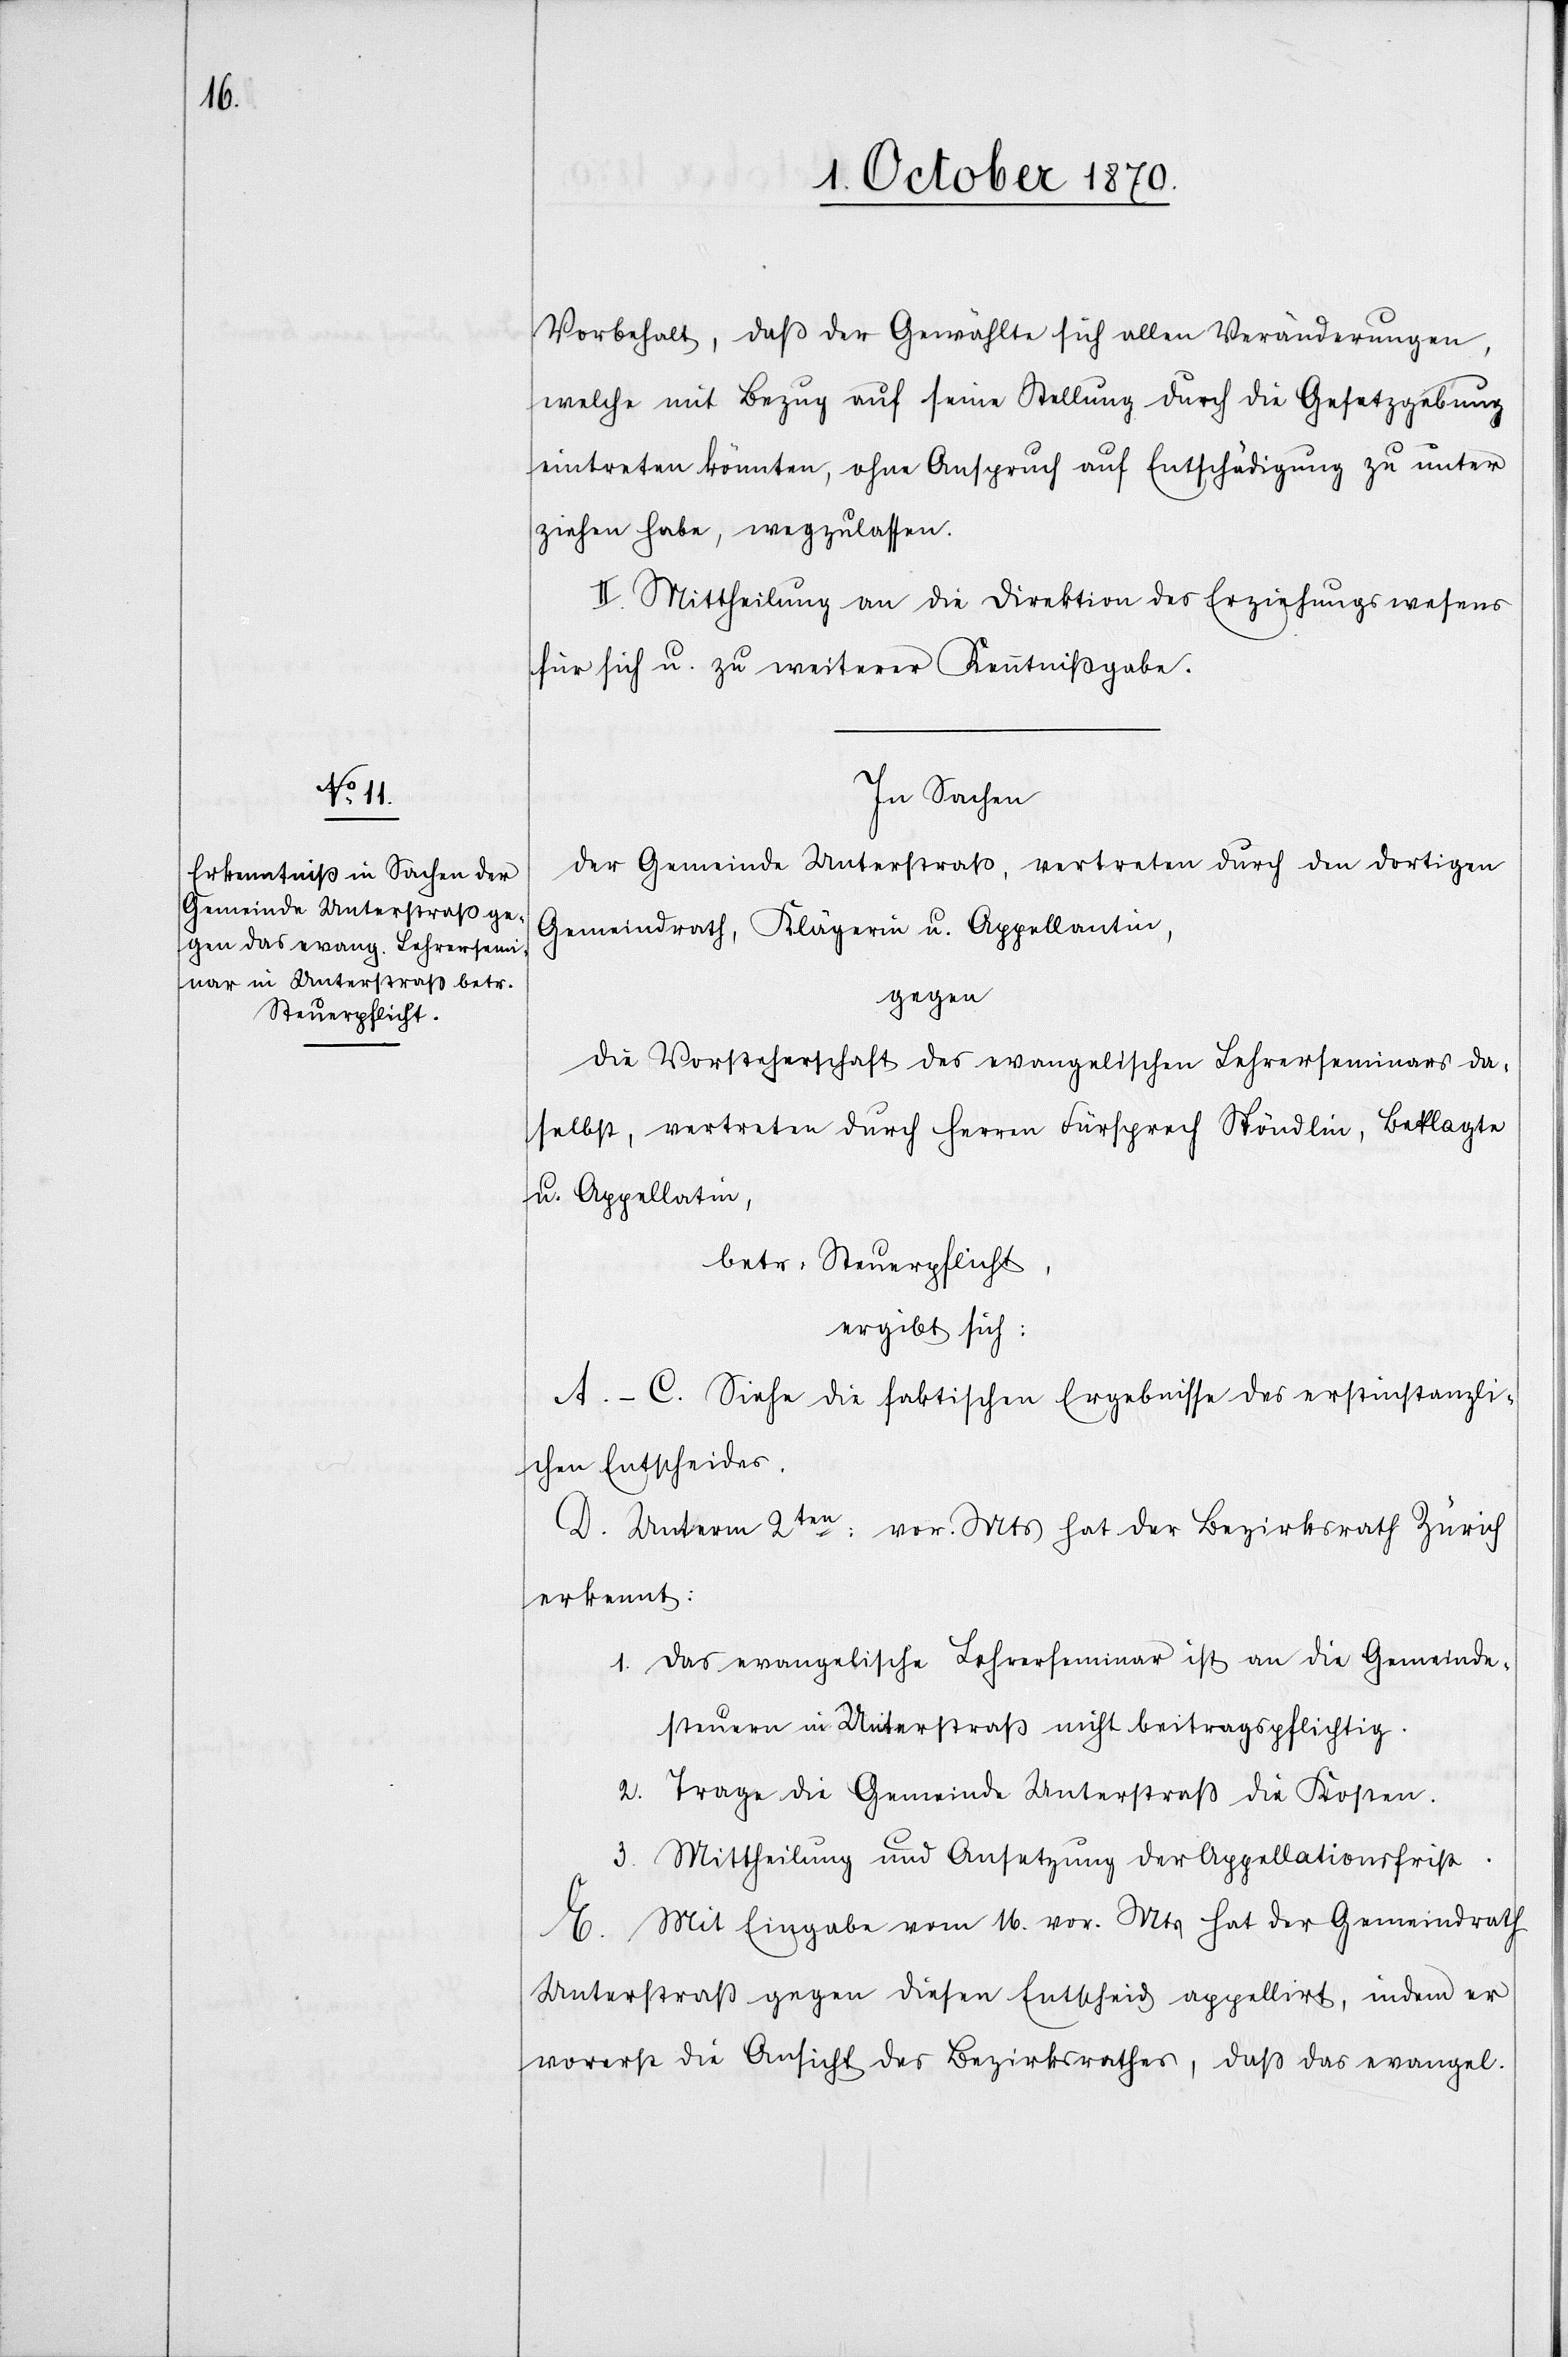
Vorbehalt, daß der Gewählte sich allen Veränderungen,
welche mit Bezug auf seine Stellung durch die Gesetzgebung
eintreten könnten, ohne Anspruch auf Entschädigung zu unter¬
ziehen habe, wegzulassen.
II. Mittheilung an die Direktion des Erziehungswesens
für sich u. zu weiterer Kenntnißgabe.
In Sachen
der Gemeinde Unterstraß, vertreten durch den dortigen
Gemeindrath, Klägerin u. Appellantin,
gegen
die Vorsteherschaft des evangelischen Lehrerseminars da¬
selbst, vertreten durch Herren Fürsprech Spöndlin, Beklagte
u. Appella[n]tin,
betr. Steuerpflicht,
ergibt sich:
A.–C. Siehe die faktischen Ergebnisse des erstinstanzli¬
chen Entscheides.
D. Unterm 2ten: vor. Mts. hat der Bezirksrath Zürich
erkannt:
1. Das evangelische Lehrerseminar ist an die Gemeinde¬
streuern in Unterstraß nicht beitragspflichtig.
2.
Trage die Gemeinde Unterstraß die Kosten.
3. Mittheilung und Ansetzung der Appellationsfrist.
E. Mit Eingabe vom 16. vor. Mts. hat der Gemeindrath
Unterstraß gegen diesen Entscheid appellirt, indem er
vorerst die Ansicht des Bezirksrathes, daß das evangel.